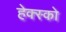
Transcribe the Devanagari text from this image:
हेक्स्को